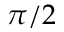
\pi / 2